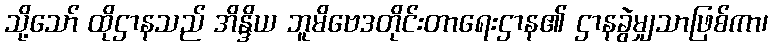
သို့သော် ထိုဌာနသည် အိန္ဒိယ ဘူမိဗေဒတိုင်းတာရေးဌာန၏ ဌာနခွဲမျှသာဖြစ်ကာ၊